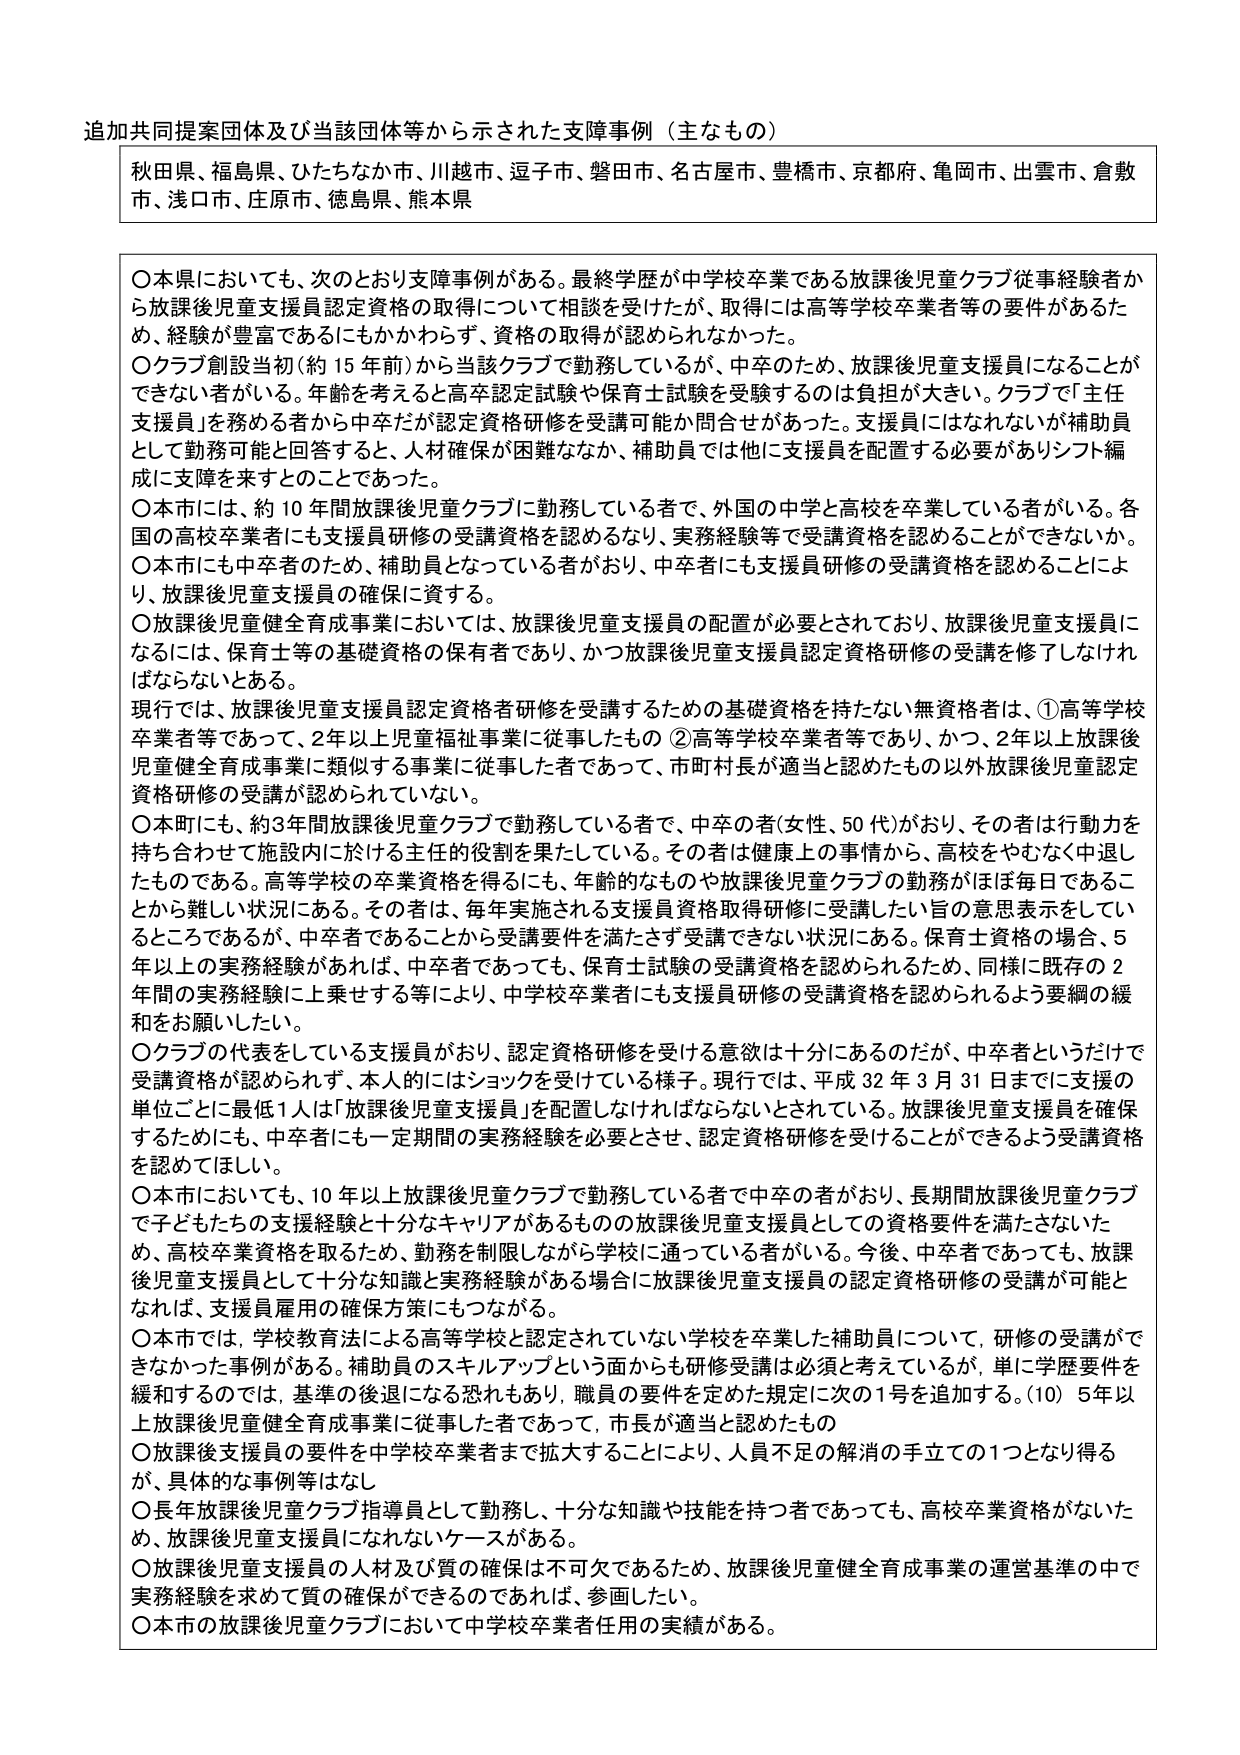
追加共同提案団体及び当該団体等から示された支障事例（主なもの）

秋島県、福島県、ひたちなか市、川越市、逗子市、磐田市、名古屋市、豊橋市、京都府、亀岡市、出雲市、倉敷市、浅口市、庄原市、徳島県、熊本県

〇本県においても、次のとおり支障事例がある。最終学歴が中学校卒業である放課後児童クラブ従事経験者から放課後児童支援員認定資格の取得について相談を受けたが、取得には高等学校卒業者等の要件があるため、経験が豊富であるにもかかわらず、資格の取得が認められなかった。

〇クラブ創設当初（約15年前）から当該クラブで勤務しているが、中卒のため、放課後児童支援員になることができない者がいる。年齢を考えると高卒認定試験や保育士試験を受験するのは負担が大きい。クラブで「主任支援員」を務める者から中卒だが認定資格研修を受講可能か問合せがあった。支援員にはなれないが補助員として勤務可能と回答すると、人材確保が困難ななか、補助員では他に支援員を配置する必要がありシフト編成に支障を来すとのことであった。

〇本市には、約10年間放課後児童クラブに勤務している者で、外国の中学校と高校を卒業している者がいる。各国の高校卒業者にも支援員研修の受講資格を認めるなり、実務経験等で受講資格を認めることができないか。

〇本市にも中卒者のため、補助員となっている者がおり、中卒者にも支援員研修の受講資格を認めることにより、放課後児童支援員の確保に資する。

〇放課後児童健全育成事業においては、放課後児童支援員の配置が必要とされており、放課後児童支援員になるには、保育士等の基礎資格の保有者であり、かつ放課後児童支援員認定資格研修の受講を修了しなければならないとある。

現行では、放課後児童支援員認定資格者研修を受講するための基礎資格を持たない無資格者は、①高等学校卒業者等であって、2年以上児童福祉事業に従事したもの ②高等学校卒業者等であり、かつ、2年以上放課後児童健全育成事業に類似する事業に従事した者であって、市町村長が適当と認めたもの以外放課後児童認定資格研修の受講が認められていない。

〇本町にも、約3年間放課後児童クラブで勤務している者で、中卒の者（女性、50代）がおり、その者は行動力を持ち合わせて施設内に於ける主任的役割を果たしている。その者は健康上の事情から、高校をやむなく中退したものである。高等学校の卒業資格を得るにも、年齢的なものや放課後児童クラブの勤務がほぼ毎日であることから難しい状況にある。その者は、毎年実施される支援員資格取得研修に受講したい旨の意思表示をしているところであるが、中卒者であることから受講要件を満たさず受講できない状況にある。保育士資格の場合、5年以上の実務経験があれば、中卒者であっても、保育士試験の受講資格を認められるため、同様に既存の2年間の実務経験に上乗せする等により、中学校卒業者にも支援員研修の受講資格を認められるよう要綱の緩和をお願いしたい。

〇クラブの代表をしている支援員がおり、認定資格研修を受ける意欲は十分にあるのだが、中卒者というだけで受講資格が認められず、本人的にはショックを受けている様子。現行では、平成32年3月31日までに支援の単位ごとに最低1人は「放課後児童支援員」を配置しなければならないとされている。放課後児童支援員を確保するためにも、中卒者にも一定期間の実務経験を必要とさせ、認定資格研修を受けることができるよう受講資格を認めほしい。

〇本市においても、10年以上放課後児童クラブで勤務している者で中卒の者がおり、長期間放課後児童クラブで子どもたちの支援経験と十分なキャリアがあるものの放課後児童支援員としての資格要件を満たさないため、高校卒業資格を取るため、勤務を制限しながら学校に通っている者がいる。今後、中卒者であっても、放課後児童支援員として十分な知識と実務経験がある場合に放課後児童支援員の認定資格研修の受講が可能となれば、支援員雇用の確保方策にもつながる。

〇本市では、学校教育法による高等学校と認定されていない学校を卒業した補助員について、研修の受講ができなかった事例がある。補助員のスキルアップという面からも研修受講は必須と考えているが、単に学歴要件を緩和するのでは、基準の後退になる恐れもあり、職員の要件を定めた規定に次の1号を追加する。（10）5年以上放課後児童健全育成事業に従事した者であって、市長が適当と認めたもの

〇放課後支援員の要件を中学校卒業者まで拡大することにより、人員不足の解消の手立ての1つとなり得るが、具体的な事例等はなし

〇長年放課後児童クラブ指導員として勤務し、十分な知識や技能を持つ者であっても、高校卒業資格がないため、放課後児童支援員になれないケースがある。

〇放課後児童支援員の人材及び質の確保は不可欠であるため、放課後児童健全育成事業の運営基準の中で実務経験を求めて質の確保ができるのであれば、参画したい。

〇本市の放課後児童クラブにおいて中学校卒業者任用の実績がある。